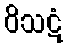
ဝိသဋံ